Source: Handwritten
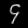
Digit: ၄ (4)